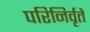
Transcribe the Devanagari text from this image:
परिनिर्वृते